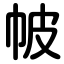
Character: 帔